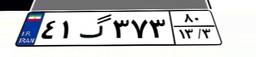
۹۳گ۲۲۶۸۰